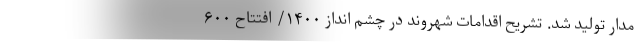
مدار تولید شد. تشریح اقدامات شهروند در چشم انداز ۱۴۰۰/ افتتاح ۶۰۰